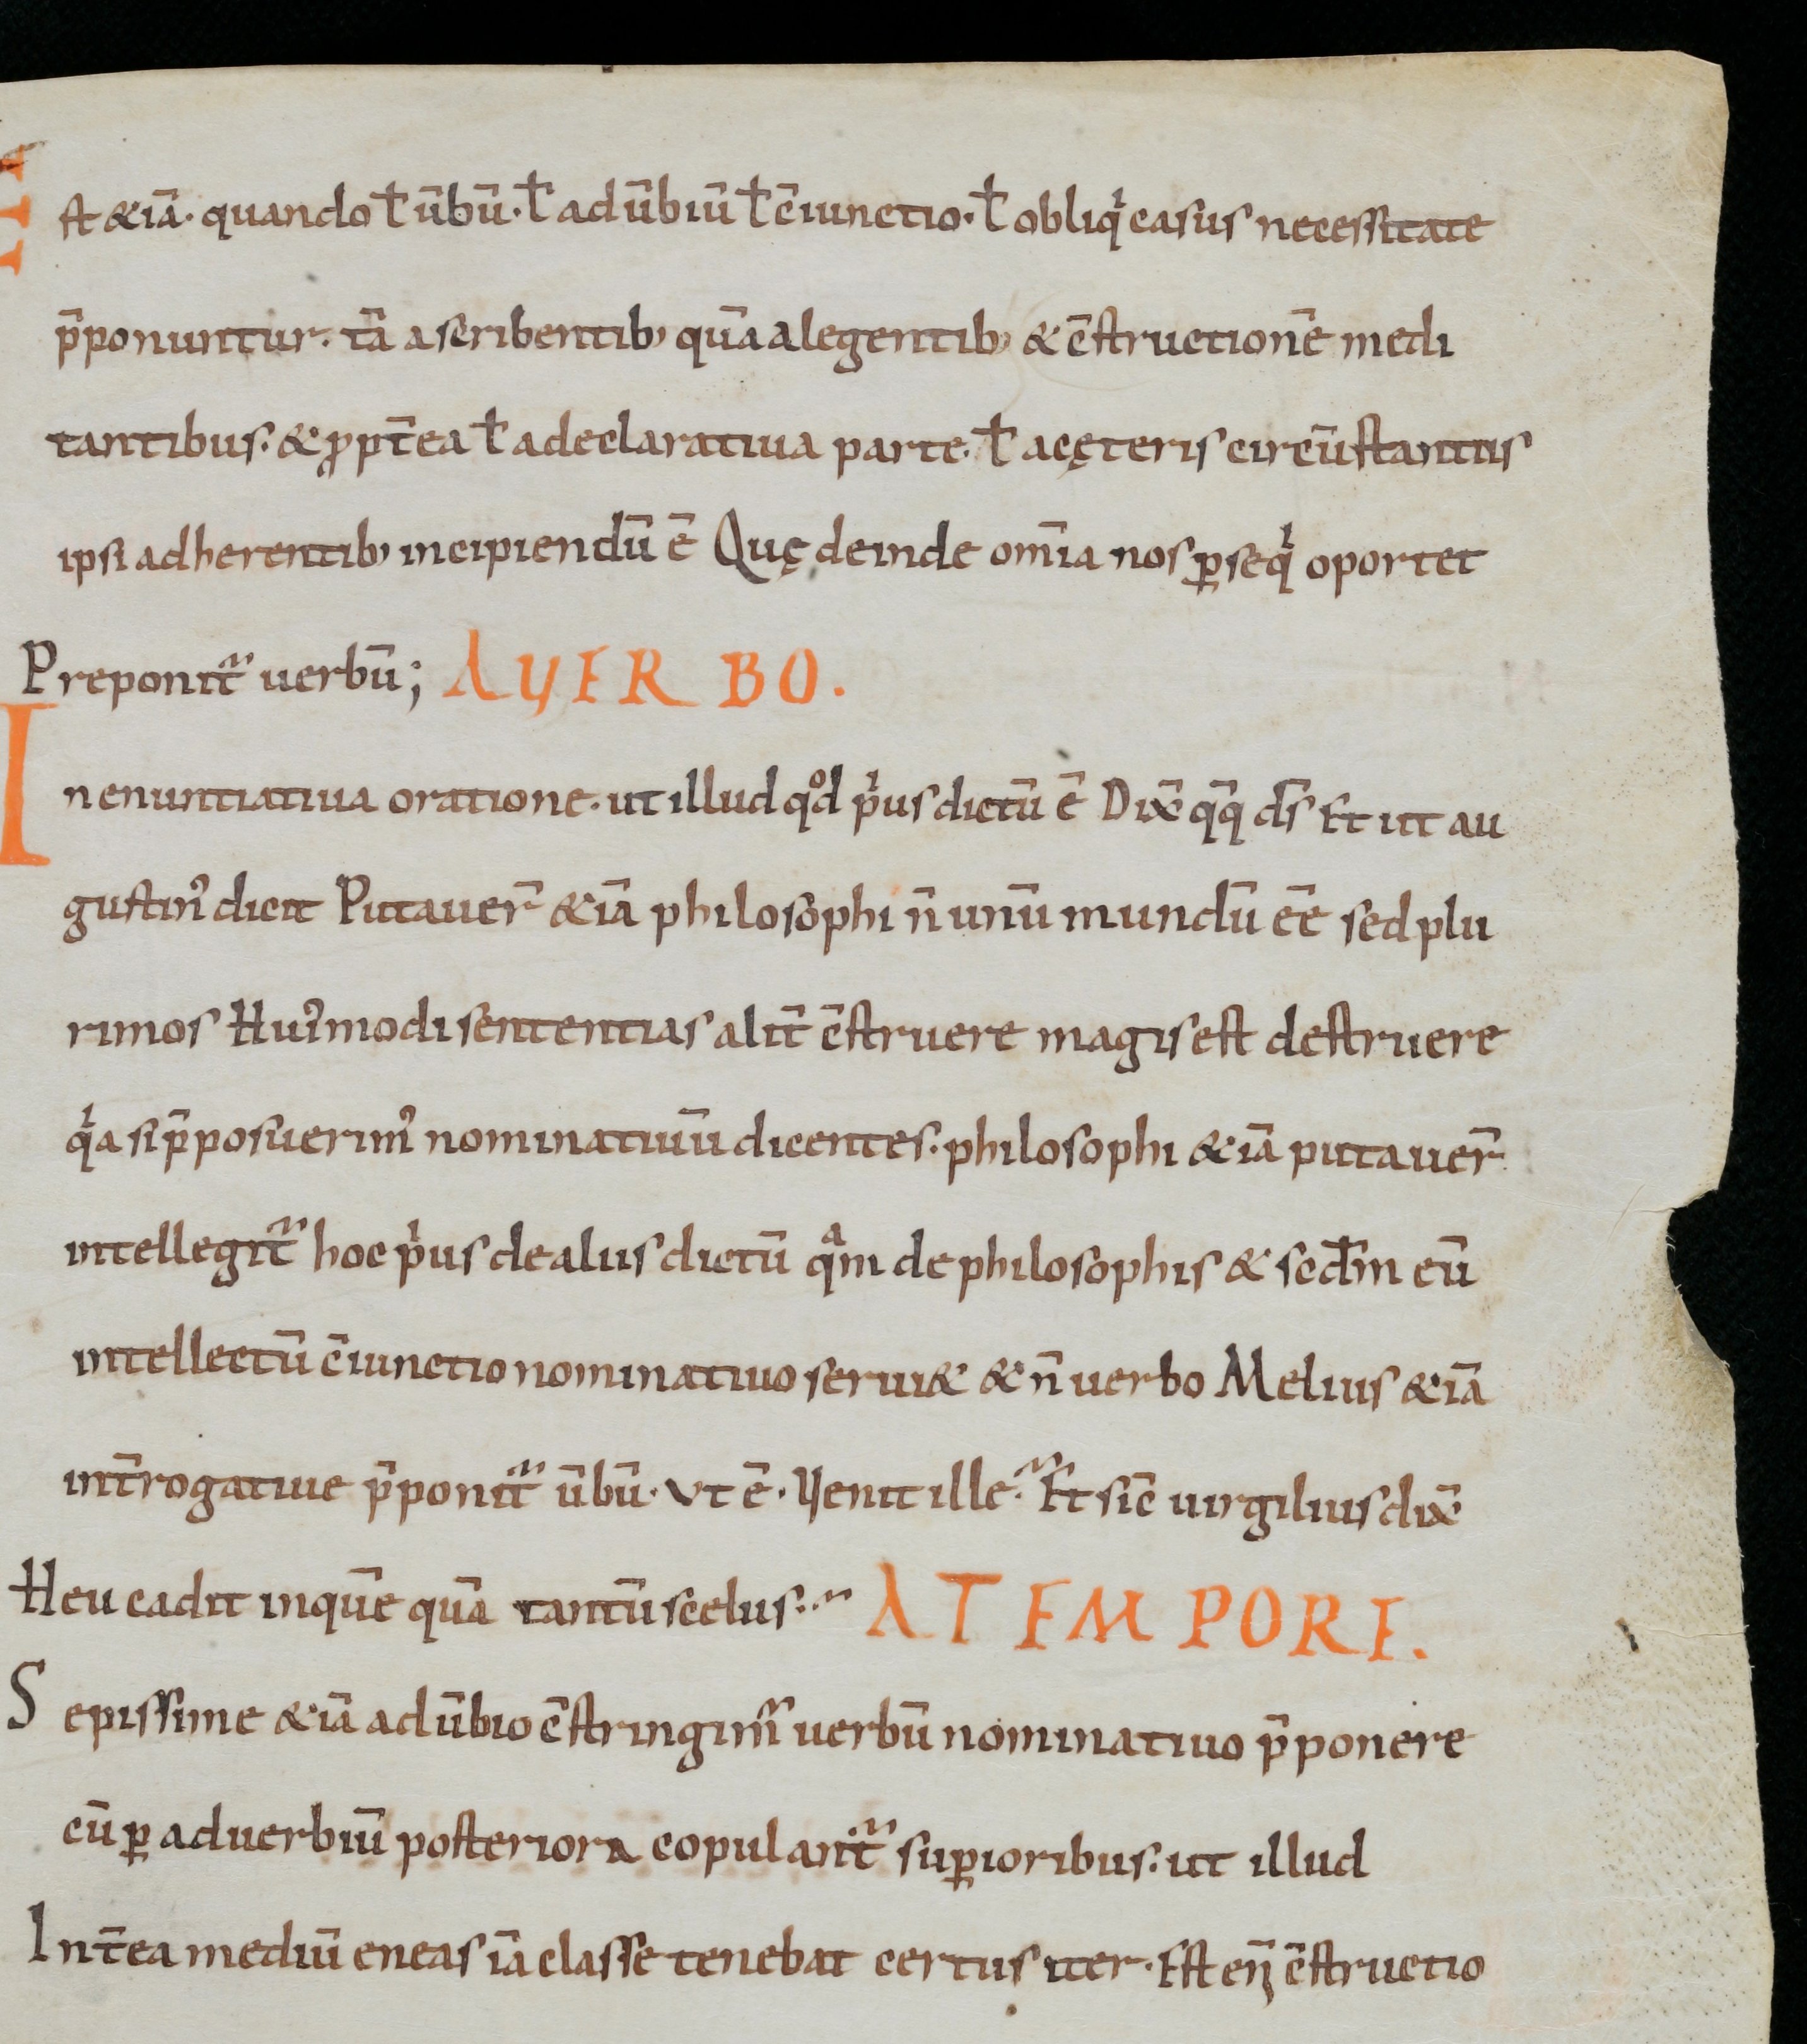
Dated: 800–999